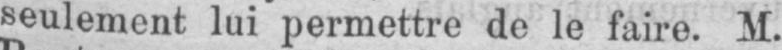
seulement lui permettre de le faire. M.